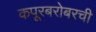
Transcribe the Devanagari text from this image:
कपूरबरोबरची